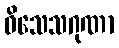
ဝိသေသဂုဏာ